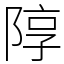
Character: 䧐